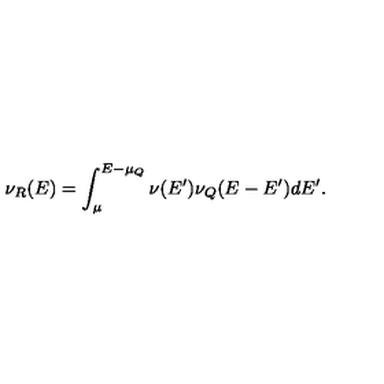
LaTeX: \nu _ { R } ( E ) = \int _ { \mu } ^ { E - \mu _ { Q } } \nu ( E ^ { \prime } ) \nu _ { Q } ( E - E ^ { \prime } ) d E ^ { \prime } .